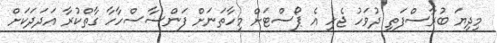
މިދިޔަ ބުރާސްފަތި ދުވަހު ޖެހި އެ ޕޯސްޓަށް މިހާތަނަށް ފަންސާސްހާހާ ގާތްކުރާ އަދަދަކަށް